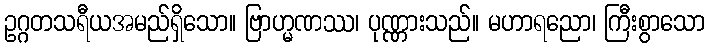
ဥဂ္ဂတသရီယအမည်ရှိသော။ ဗြာဟ္မဏဿ၊ ပုဏ္ဏားသည်။ မဟာရညော၊ ကြီးစွာသော